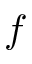
f